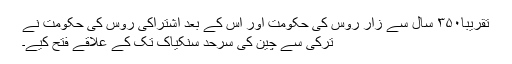
تقریباً۳۵۰ سال سے زار روس کی حکومت اور اس کے بعد اشتراکی روس کی حکومت نے
ترکی سے چین کی سرحد سنکیاک تک کے علاقے فتح کیے۔